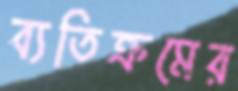
ব্যতিক্রমের